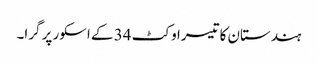
ہندستان کا تیسرا وکٹ 34 کے اسکور پر گرا۔